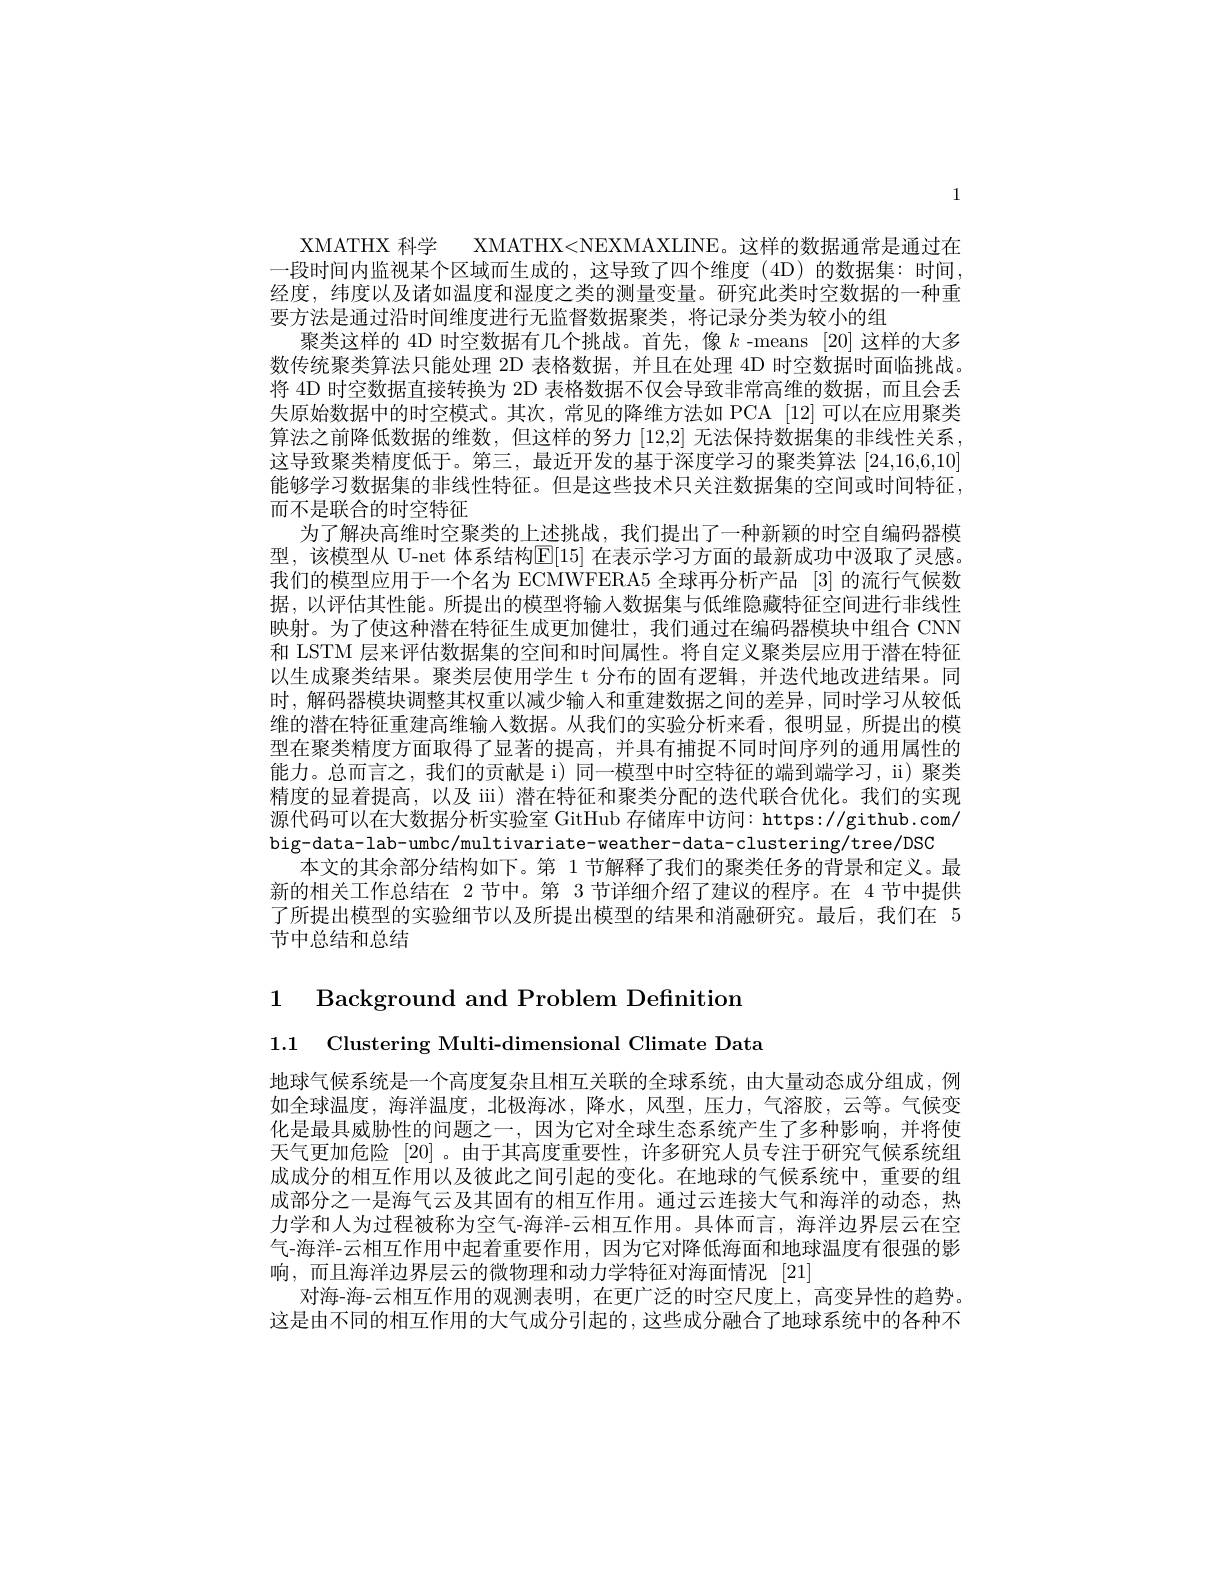
1

XMATHX 科学 XMATHX<NEXMAXLINE。这样的数据通常是通过在一段时间内监视某个区域而生成的，这导致了四个维度(4D)的数据集：时间， 经度，纬度以及诸如温度和湿度之类的测量变量。研究此类时空数据的一种重要方法是通过沿时间维度进行无监督数据聚类，将记录分类为较小的组
聚类这样的 4D 时空数据有几个挑战。首先，像$k$ -means [20]这样的大多数传统聚类算法只能处理 2D 表格数据，并且在处理 4D 时空数据时面临挑战将 4D 时空数据直接转换为 2D 表格数据不仅会导致非常高维的数据，而且会丢失原始数据中的时空模式。其次，常见的降维方法如 PCA [12]可以在应用聚类算法之前降低数据的维数，但这样的努力[12,2]无法保持数据集的非线性关系， 这导致聚类精度低于。第三，最近开发的基于深度学习的聚类算法[24,16,6,10] 能够学习数据集的非线性特征。但是这些技术只关注数据集的空间或时间特征， 而不是联合的时空特征
为了解决高维时空聚类的上述挑战，我们提出了一种新颖的时空自编码器模型，该模型从 U-net 体系结构$\mathbb{E}[15]$ 在表示学习方面的最新成功中汲取了灵感。我们的模型应用于一个名为 ECMWFERA5 全球再分析产品 [3] 的流行气候数据，以评估其性能。所提出的模型将输入数据集与低维隐藏特征空间进行非线性映射。为了使这种潜在特征生成更加健壮，我们通过在编码器模块中组合 CNN 和 LSTM 层来评估数据集的空间和时间属性。将自定义聚类层应用于潜在特征以生成聚类结果。聚类层使用学生 t 分布的固有逻辑，并迭代地改进结果。同时，解码器模块调整其权重以减少输入和重建数据之间的差异，同时学习从较低维的潜在特征重建高维输人数据。从我们的实验分析来看，很明显，所提出的模型在聚类精度方面取得了显著的提高，并具有捕捉不同时间序列的通用属性的能力。总而言之，我们的贡献是 i) 同一模型中时空特征的端到端学习，ii) 聚类精度的显着提高，以及 ii) 潜在特征和聚类分配的迭代联合优化。我们的实现源代码可以在大数据分析实验室 GitHub 存储库中访问：https://github.com/ big-data-lab-umbc/multivariate-weather-data-clustering/tree/DSC
本文的其余部分结构如下。第 1 节解释了我们的聚类任务的背景和定义。最新的相关工作总结在 2 节中。第 3 节详细介绍了建议的程序。在 4 节中提供了所提出模型的实验细节以及所提出模型的结果和消融研究。最后，我们在 5节中总结和总结

1 Background and Problem Definition
1.1 Clustering Multi-dimensional Climate Data

地球气候系统是一个高度复杂且相互关联的全球系统，由大量动态成分组成，例如全球温度，海洋温度，北极海冰，降水，风型，压力，气溶胶，云等。气候变化是最具威胁性的问题之一，因为它对全球生态系统产生了多种影响，并将使天气更加危险[20] 。由于其高度重要性，许多研究人员专注于研究气候系统组成成分的相互作用以及彼此之间引起的变化。在地球的气候系统中，重要的组成部分之一是海气云及其固有的相互作用。通过云连接大气和海洋的动态，热力学和人为过程被称为空气-海洋-云相互作用。具体而言，海洋边界层云在空气-海洋-云相互作用中起着重要作用，因为它对降低海面和地球温度有很强的影响，而且海洋边界层云的微物理和动力学特征对海面情况[21]
对海-海-云相互作用的观测表明，在更广泛的时空尺度上，高变异性的趋势。这是由不同的相互作用的大气成分引起的，这些成分融合了地球系统中的各种不